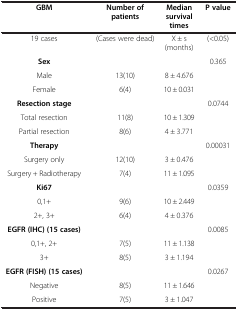
| GBM | Number of patients | Median survival times | P value |
 | --- | --- | --- | --- |
 | 19 cases | (Cases were dead) | X ± s(months) | (<0.05) |
 | Sex |  |  | 0.365 |
 | Male | 13(10) | 8 ± 4.676 |  |
 | Female | 6(4) | 10 ± 0.031 |  |
 | Resection stage |  |  | 0.0744 |
 | Total resection | 11(8) | 10 ± 1.309 |  |
 | Partial resection | 8(6) | 4 ± 3.771 |  |
 | Therapy |  |  | 0.00031 |
 | Surgery only | 12(10) | 3 ± 0.476 |  |
 | Surgery + Radiotherapy | 7(4) | 11 ± 1.095 |  |
 | Ki67 |  |  | 0.0359 |
 | 0,1+ | 9(6) | 10 ± 2.449 |  |
 | 2+, 3+ | 6(4) | 4 ± 0.376 |  |
 | EGFR (IHC) (15 cases) |  |  | 0.0085 |
 | 0,1+, 2+ | 7(5) | 11 ± 1.138 |  |
 | 3+ | 8(5) | 3 ± 1.194 |  |
 | EGFR (FISH) (15 cases) |  |  | 0.0267 |
 | Negative | 8(5) | 11 ± 1.646 |  |
 | Positive | 7(5) | 3 ± 1.047 |  |